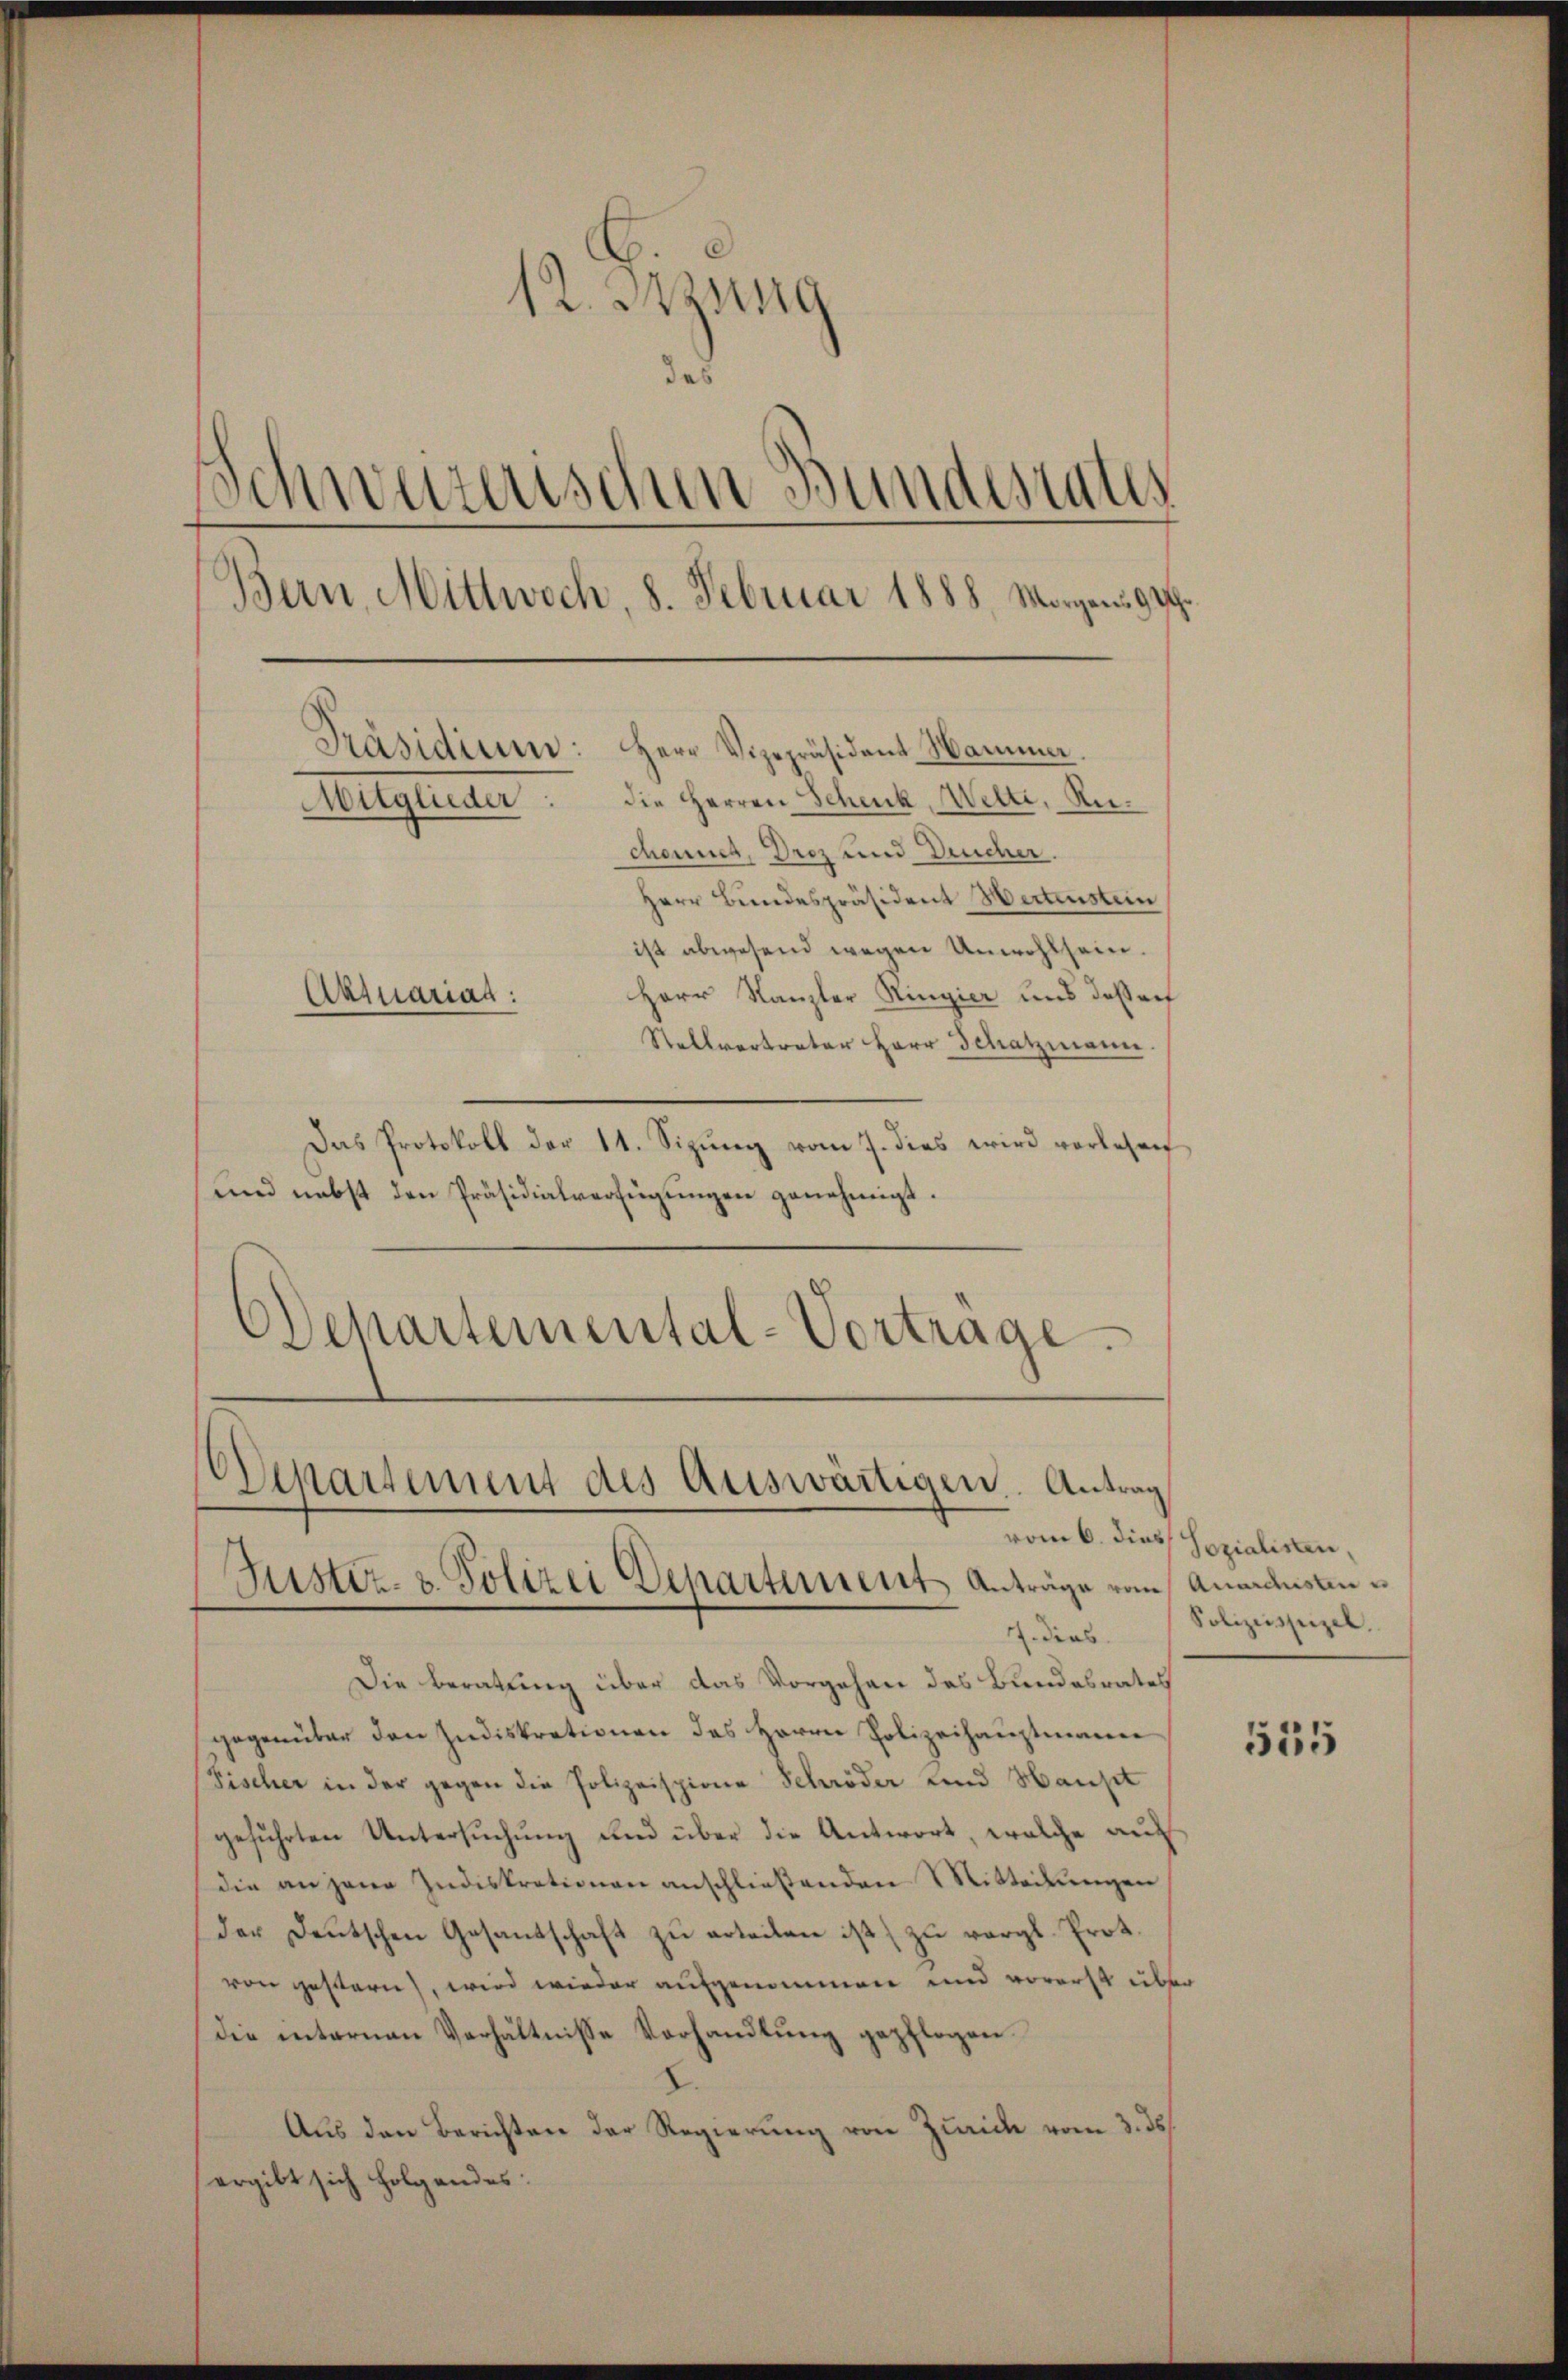
12. Itzung
das
Schweizerischen Bundesrates
Bern, Mittwoch, 8. Februar 1888, Morgens 9 Rp.
Präsidium: Herr Vizepräsident Hammer
Mitglieder die Herren Schenk, Welti, Rechannes, Droz und Deucher.
Herr Bundespräsident Hertenstein
ist abwesend wegen Unwohlsein.
Herr Kanzler Ringier und desser
Aktuariag:

Stellvertreter Herr Schatzmann.
Das Protokoll der 11. Sizŭng vom 7. dies wird vorlesen
und nebst den Präsidialverfügungen genehmigt.
Ochartemental-Vortrage.

Departement des Auswärtigen. Antrag
Justiz- & Polizei Departement Anträge vom Anarchsten
7. dies

Die Beratung über das Vorgehen des Bundesrates
gegenüber den Indiskrationen des Herrn Polizeihauptmann
Fischer in der gegen die Polizeispione Schröder und Haupt
geführten Untersuchung und über die Antwort, welche auf
die an jene Indiskrationen anschließenden Mitteilungen
der Deutschen Gesandschaft zŭ erteilen ist) zu vergl. Prot.
von gestern, wird wieder aufgenommen und vorerst über
die internen Verhältnisse Vorhandlung gepflogen.
Aus den Berichten der Regierung von Zürich vom 3. ds.
ergibt sich folgendes:

vom 6. dies Sozialisten,
Polizeisseigel.

555